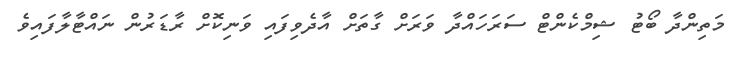
މަތިންދާ ބޯޓު ޝިމްކެންޓް ސަރަހައްދާ ވަރަށް ގާތަށް އާދެވިފައި ވަނިކޮށް ރާޑަރުން ނައްޓާލާފައިވެ